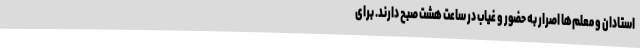
استادان و معلم‌ها اصرار به حضور و غیاب در ساعت هشت صبح دارند. برای